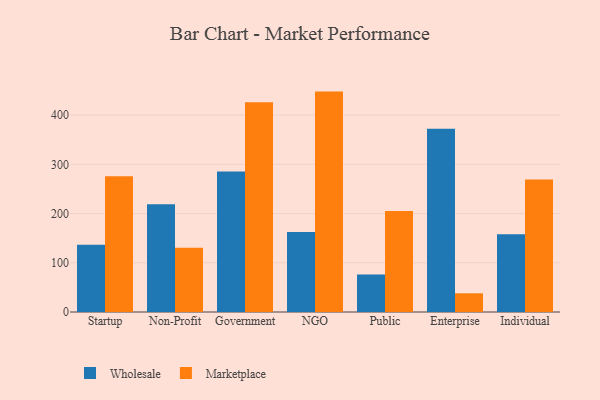
{"axis": {"x": "Segment", "y": "Temperature (°C)"}, "legend": ["Marketplace", "Wholesale"], "data": [{"x": "Startup", "y": 136.8, "type": "Wholesale"}, {"x": "Startup", "y": 275.8, "type": "Marketplace"}, {"x": "Non-Profit", "y": 219.1, "type": "Wholesale"}, {"x": "Non-Profit", "y": 130.6, "type": "Marketplace"}, {"x": "Government", "y": 285.5, "type": "Wholesale"}, {"x": "Government", "y": 426.4, "type": "Marketplace"}, {"x": "NGO", "y": 162.6, "type": "Wholesale"}, {"x": "NGO", "y": 447.8, "type": "Marketplace"}, {"x": "Public", "y": 76.4, "type": "Wholesale"}, {"x": "Public", "y": 205.3, "type": "Marketplace"}, {"x": "Enterprise", "y": 372.2, "type": "Wholesale"}, {"x": "Enterprise", "y": 38.0, "type": "Marketplace"}, {"x": "Individual", "y": 157.8, "type": "Wholesale"}, {"x": "Individual", "y": 269.0, "type": "Marketplace"}]}